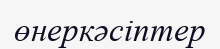
өнеркәсіптер